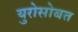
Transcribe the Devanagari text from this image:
युरोसोबत